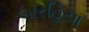
બારહિયા